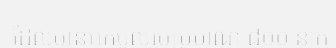
ដែលមានអ្នកចូលរួមប្រមាណ ៨០០ នាក់